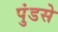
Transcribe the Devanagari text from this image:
पुंडसे